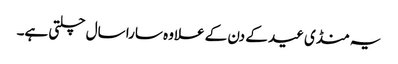
یہ منڈی عید کے دن کے علاوہ سارا سال چلتی ہے۔